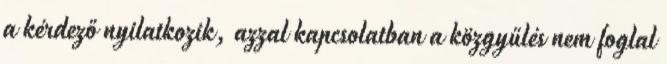
a kérdező nyilatkozik, azzal kapcsolatban a közgyűlés nem foglal